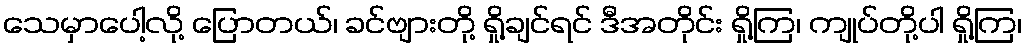
သေမှာပေါ့လို့ ပြောတယ်၊ ခင်ဗျားတို့ ရှို့ချင်ရင် ဒီအတိုင်း ရှို့ကြ၊ ကျုပ်တို့ပါ ရှို့ကြ၊